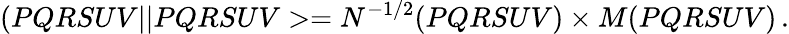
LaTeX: (PQRSUV\vert\vert PQRSUV>=N^{-1/2}(PQRSUV)\times M(PQRSUV)\, .